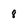
Character: 8